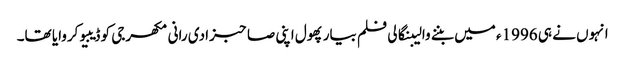
انہوں نے ہی 1996ء میں بننے والیبنگالی فلم بیار پھول اپنی صاحبزادی رانی مکھرجی کو ڈیبیو کروایا تھا۔